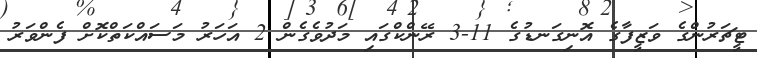
ޓީޗަރުންގެ ވަޒީފާގެ އޮނިގަނޑުގެ 11-3 ރޭންކްގައި މަދުވެގެން 2 އަހަރު މަސައްކަތްކޮށް ފެންވަރު